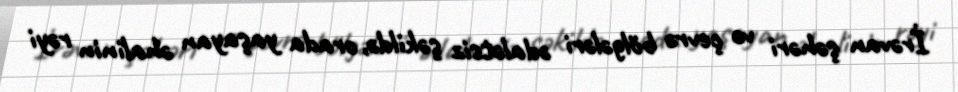
İrəvan şəhəri və çevrə bölgələri ədalətsiz şəkildə, orada yaşayan əhalinin rəyi